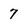
Character: 7